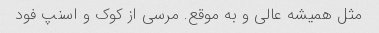
مثل همیشه عالی و به موقع. مرسی از کوک و اسنپ فود